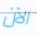
الآن